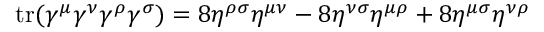
\operatorname { t r } ( \gamma ^ { \mu } \gamma ^ { \nu } \gamma ^ { \rho } \gamma ^ { \sigma } ) = 8 \eta ^ { \rho \sigma } \eta ^ { \mu \nu } - 8 \eta ^ { \nu \sigma } \eta ^ { \mu \rho } + 8 \eta ^ { \mu \sigma } \eta ^ { \nu \rho }